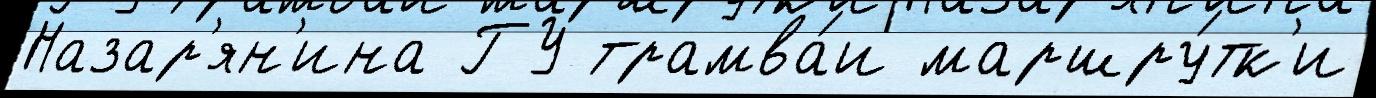
Назар'ян'ина ГУ трамва́и маршру́тк'и